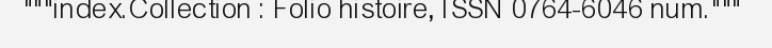
"""index.Collection : Folio histoire, ISSN 0764-6046 num."""